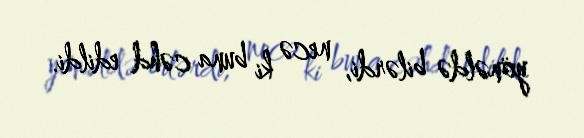
yönəldə bilərdi, necə ki buna cəhd edildi.